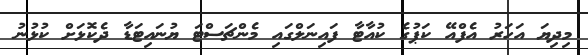
މިދިޔަ އަހަރު އެފްއޭ ކަޕުގެ ކުއާޓާ ފައިނަލްގައި މެންޗަސްޓަ ޔުނައިޓަޑާ ދެކޮޅަށް ކުޅުނު